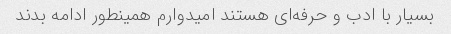
بسیار با ادب و حرفه‌ای هستند امیدوارم همینطور ادامه بدند